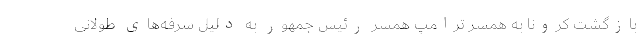
بازگشت کرونا به همسر ترامپ همسر رئیس جمهور به دلیل سرفه‌های طولانی